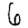
Digit: 6